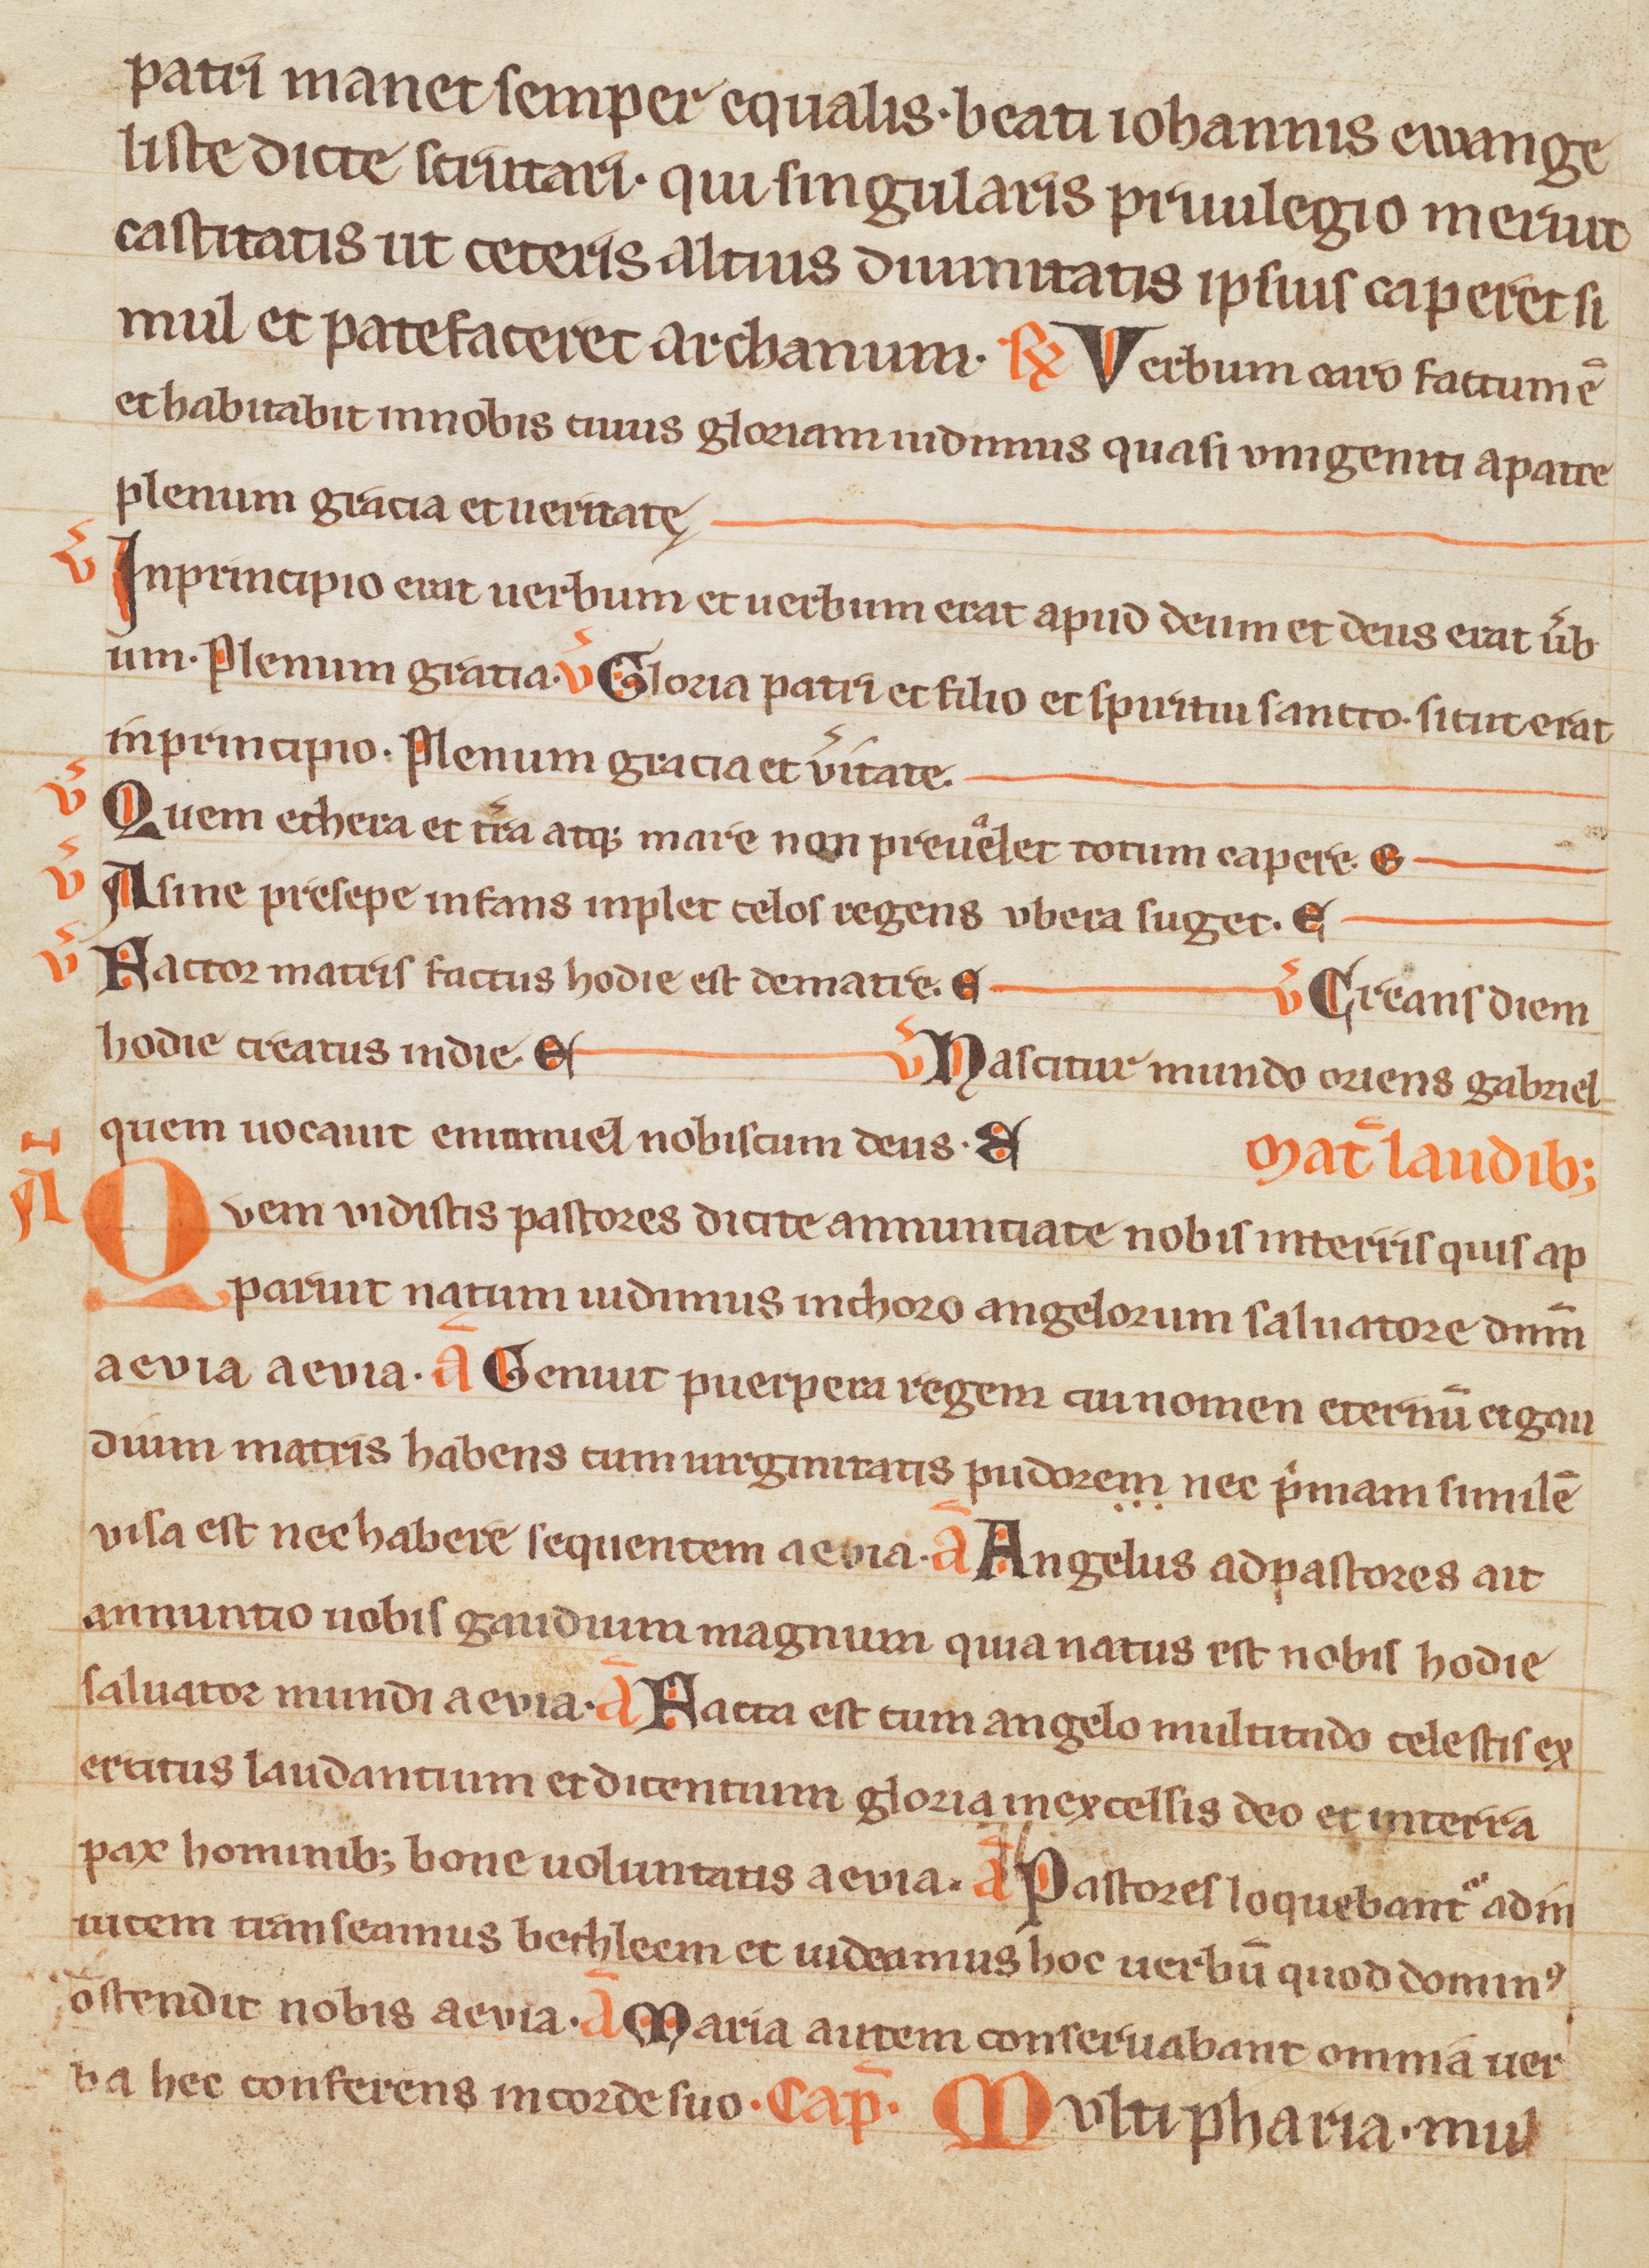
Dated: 1300–1399